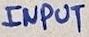
Text: INPUT